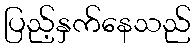
ပြည့်နှက်နေသည်